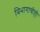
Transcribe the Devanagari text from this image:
विभागाचीही